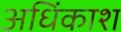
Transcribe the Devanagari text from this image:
अधिंकाश